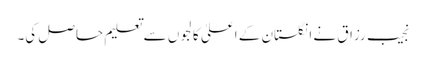
نجیب رزاق نے انگلستان کے اعلیٰ کالجوں سے تعلیم حاصل کی۔